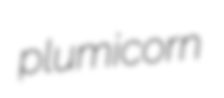
plumicorn